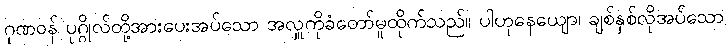
ဂုဏဝန် ပုဂ္ဂိုလ်တို့အားပေးအပ်သော အလှူကိုခံတော်မူထိုက်သည်။ ပါဟုနေယျော၊ ချစ်နှစ်လိုအပ်သော